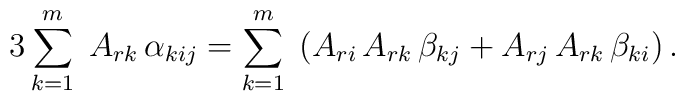
3\sum_{k=1}^m\; A_{rk}\,\alpha_{kij} = \sum_{k=1}^m\; \left(A_{ri}\,A_{rk}\,\beta_{kj}   + A_{rj}\,A_{rk}\,\beta_{ki} \right).